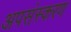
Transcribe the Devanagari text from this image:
अपसंस्करण